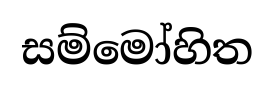
සම්මෝහිත